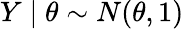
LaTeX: Y\mid\theta\sim N(\theta,1)